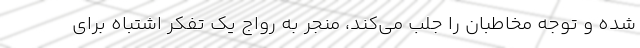
شده و توجه مخاطبان را جلب می‌کند، منجر به رواج یک تفکر اشتباه برای